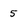
Character: 5